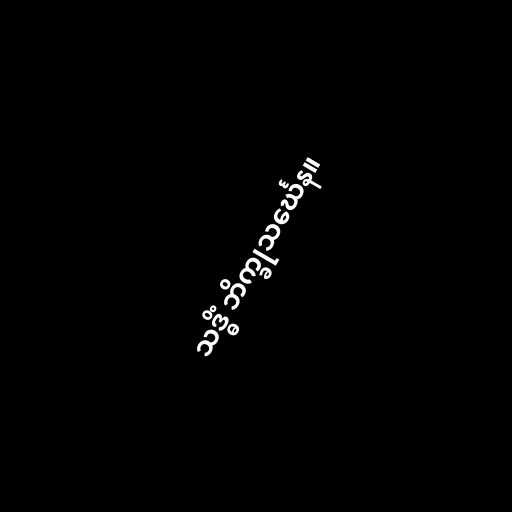
သဒ္ဓိံ ဘိက္ခုသင်္ဃေန။